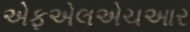
એફએલએચઆર